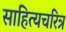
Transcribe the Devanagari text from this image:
साहित्यचरित्र